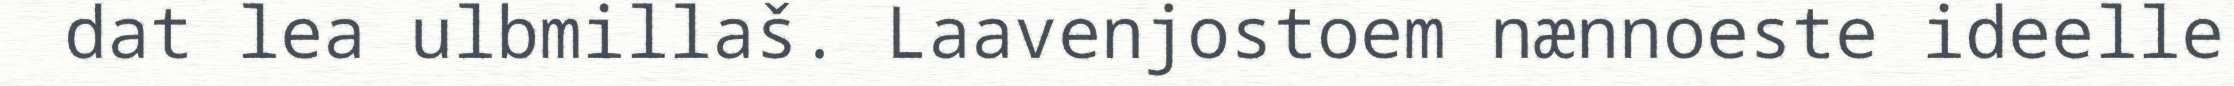
dat lea ulbmillaš. Laavenjostoem nænnoeste ideelle